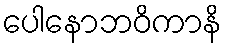
ပေါနောဘဝိကာနိ